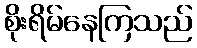
စိုးရိမ်နေကြသည်